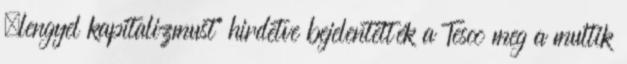
„lengyel kapitalizmust” hirdetve bejelentették a Tesco meg a multik